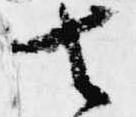
去